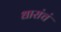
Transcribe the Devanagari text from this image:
धारांचं